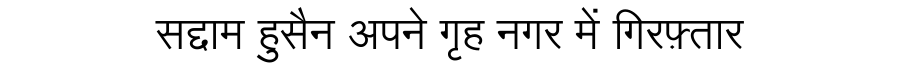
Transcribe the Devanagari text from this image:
सद्दाम हुसैन अपने गृह नगर में गिरफ़्तार